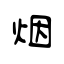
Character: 烟